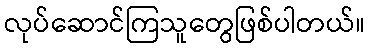
လုပ်ဆောင်ကြသူတွေဖြစ်ပါတယ်။